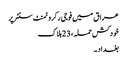
عراق میں فوجی رکروٹمنٹ سنٹر پر
خودکش حملہ ، 23 ہلاک
بغداد ۔